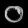
Digit: ၀